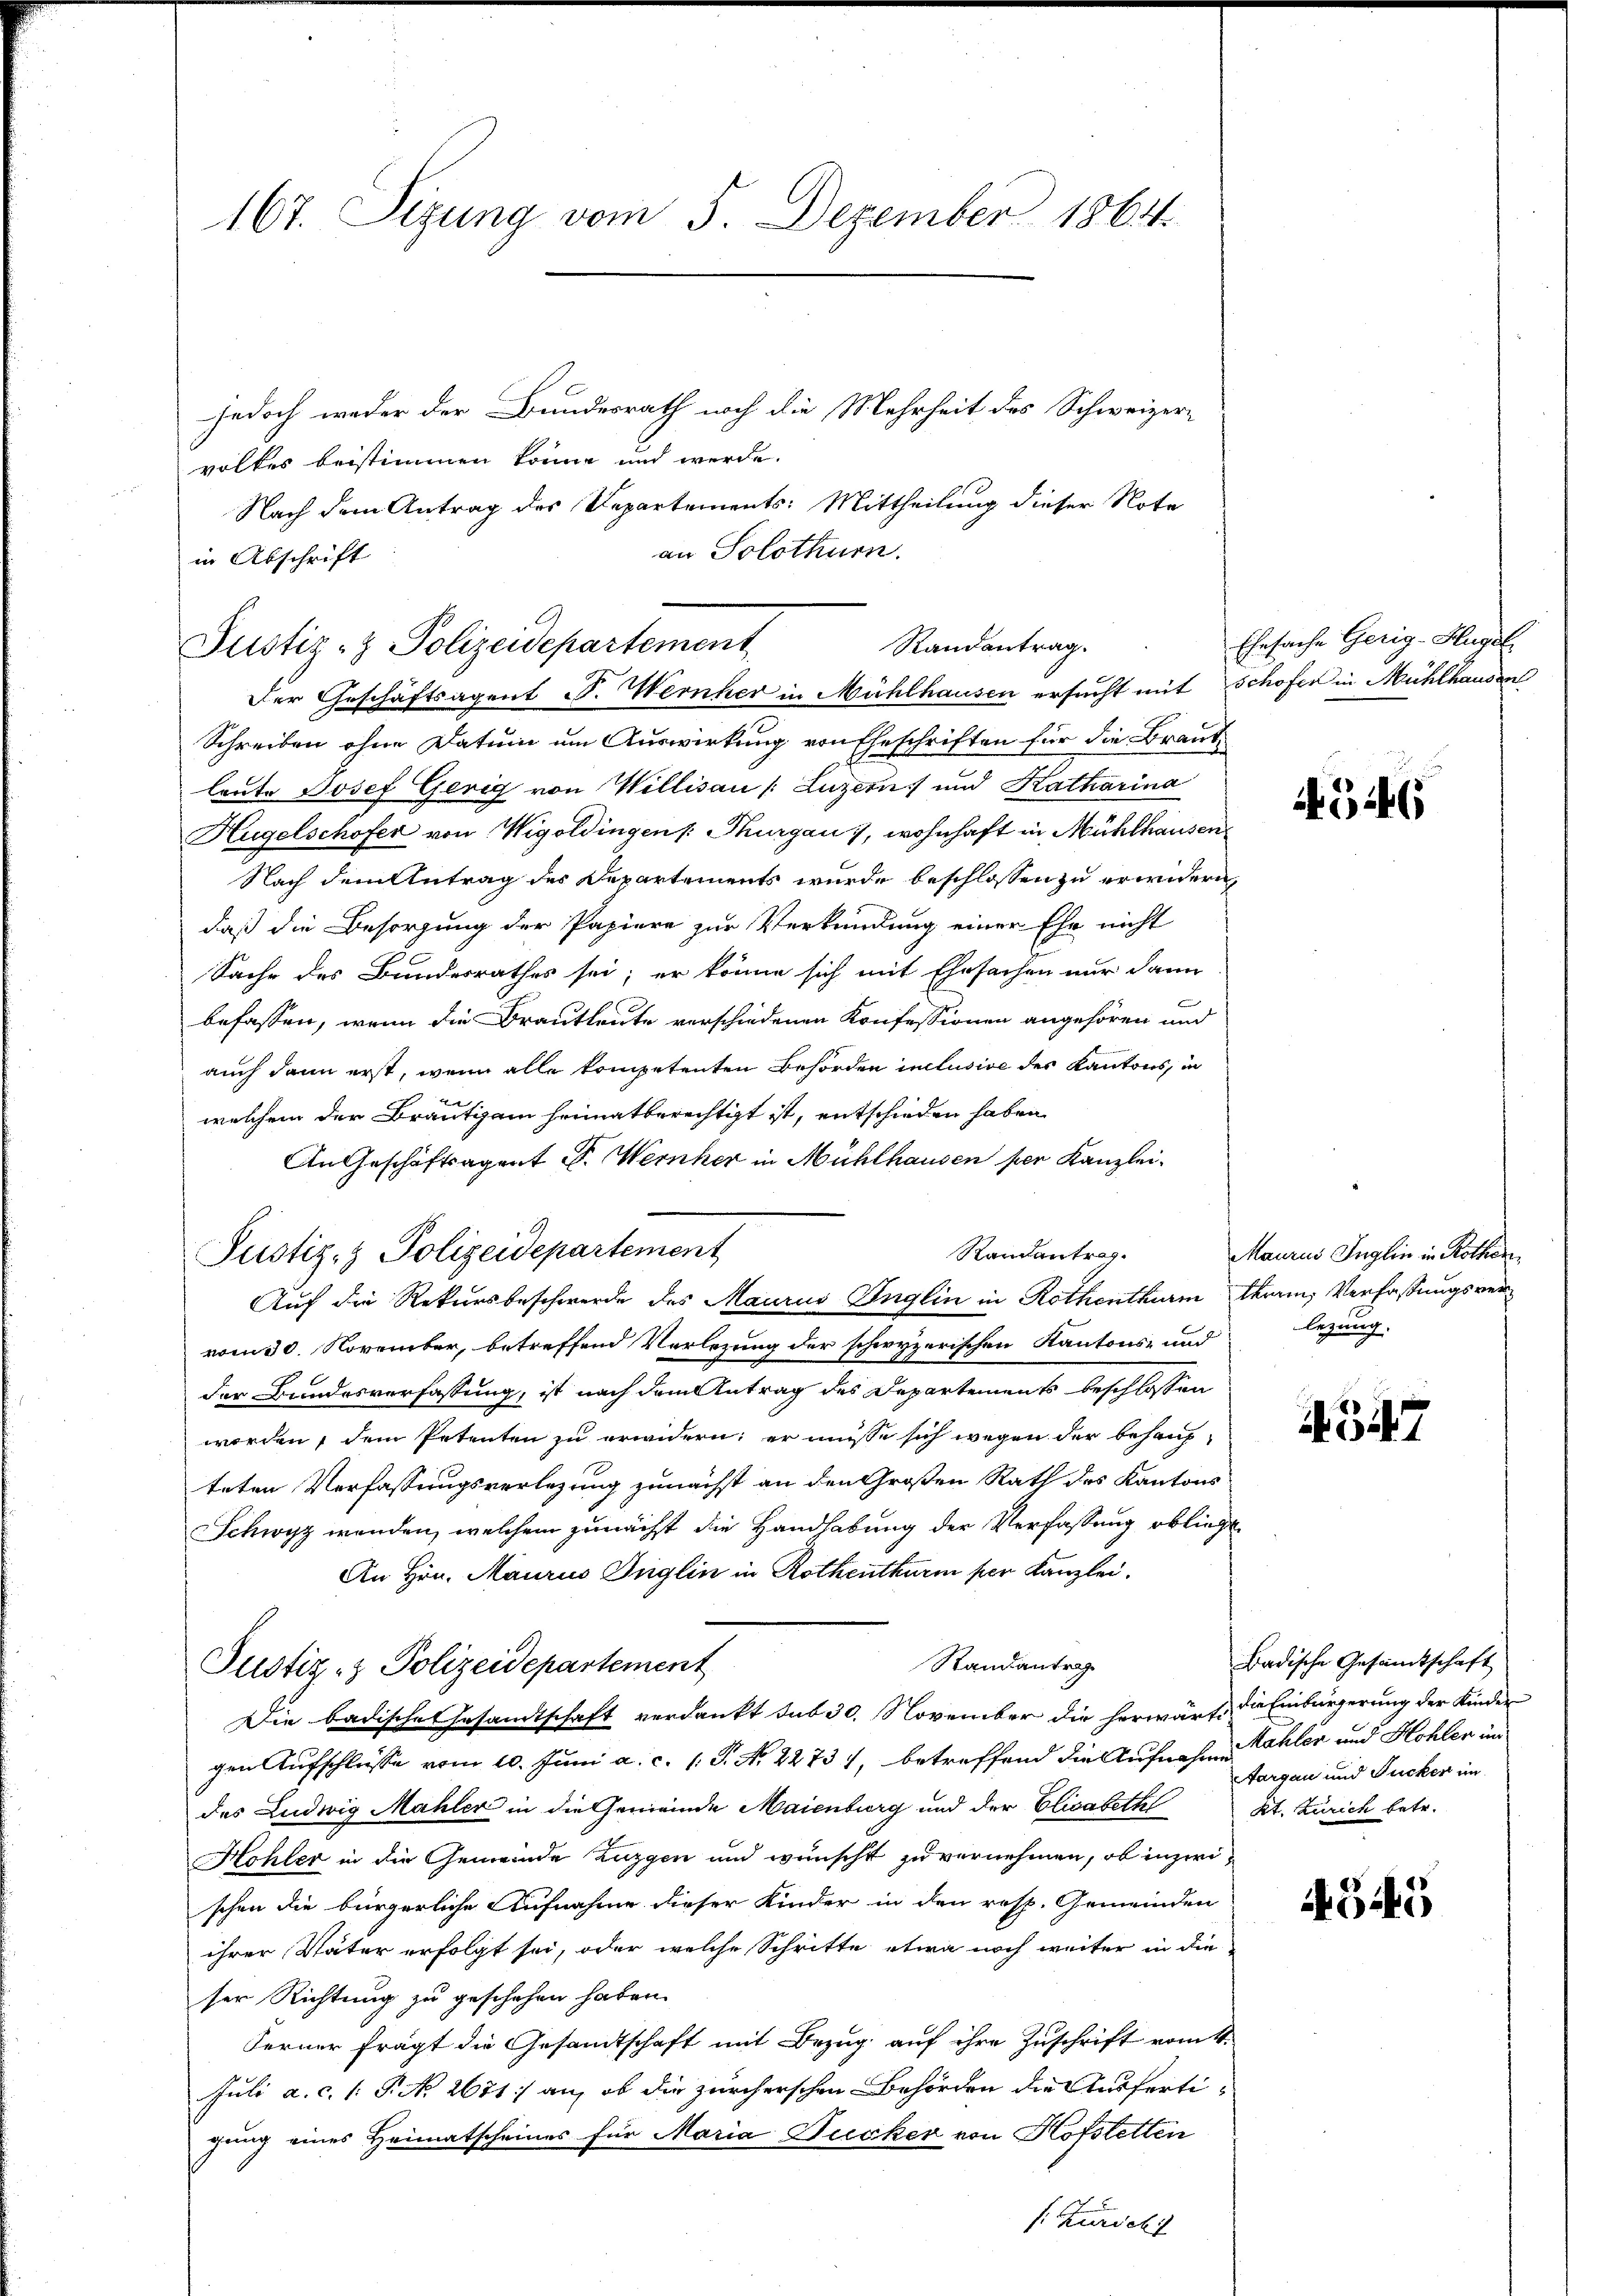
167. Sizung vom 5. Dezember 1864.

Justiz- & Polizeidepartement

Justiz- & Polizeidepartement

jedoch weder der Bundesrath noch die Mehrheit des Schweizer-
volkes bestimmen könne und werde.
Nach dem Antrag des Repartements: Mittheilung dieser Note
an Solothurn.
in Abschrift
Der Geschäftsagent S. Wernher in Mühlhausen ersucht mit schofer in Mühlhausen
Schreiben ohne Datum um Auswirkung von Eheschriften für die Braut
leute Josef Gerig von Willisau (Luzern) und Katharina
Hügelschofer von Wigoldingen /: Thurgau, wohnhaft in Mühlhausen
Nach dem Antrag des Departements wurde beschlossen zu erwidern,
daß die Besorgung der Papiere zur Verkündung einer Ehe nicht
Sache des Bundesrathes sei; er könne sich mit Ehesachen nur dann
befassen, wenn die Brautleute verschiedenen Konfessionen angehören und
auch dann erst, wenn alle kompetenten Behörden inclusive des Kantons, in
welchem der Bräutigam heimatberechtigt ist, entschieden haben
An Geschäftsagent S. Wernher in Mühlhausen per Kanzlei.
Randantrag.
Auf die Rekursbeschwerde des Maurus Unglin in Rothenthurm kranz Verfaßungsvervom 30. November, betreffend Verlegung der schwyzerischen Kantons- und
der Bundesverfassung, ist nach dem Antrag des Departements beschlossen
worden, dem Petenten zu erwidern; er müsse sich wegen der behaupteten Verfassungsverlegung zunächst an den Großen Rath des Kantons
Schwyz wenden, welchem zunächst die Handhabung der Verfassung obliegt
An Hrn. Maurus Inglin in Rothenthurm per Kanzlei.
Randantrag
Justiz- & Polizeidepartement
Die badisches Gesandtschaft verdankt sub 30. November die herwärt die Einbürgerung der Kinder
gen Aufschlüsse vom 10. Juni a. c. 1. P. Nr. 2273), betreffend die Aufnahmahler und Kohlen im
des Ludwig Mahler in die Gemeinde Maienburg und der Elisabeth Kt. Zürich betr.
Hohler in die Gemeinde Zuzgen und wünscht zu vernehmen, ob inzwischen die bürgerliche Aufnahme dieser Kinder in den resp. Gemeinden
ihrer Vater erfolgt sei, oder welche Schritte etwa noch weiter in die
ser Richtung zu geschehen haben.
Ferner fragt die Gesandtschaft mit Bezug auf ihre Zuschrift vom 4.
Juli a. c. 1: P. No. 2671 an, ob die zürcherschen Behörden die Ausfertigung eines Heimatscheines für Maria Jucker von Hofstetten
/: Zürich

Randantrag.

Ehesache Gerig-Hügel

546

Maurus Inglin in Rothen
legung.

547

Badische Gesandtschaft
Aargau und Jucker im

4545